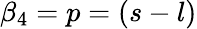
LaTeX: \beta_{4}=p=(s-l)